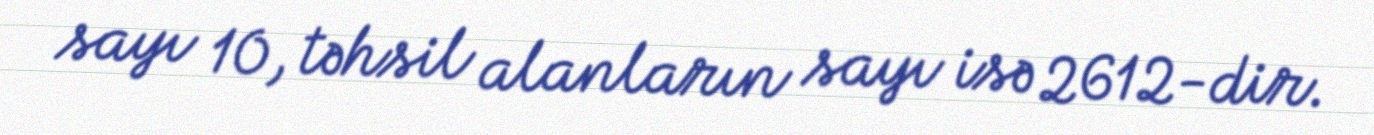
sayı 10, təhsil alanların sayı isə 2612-dir.